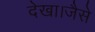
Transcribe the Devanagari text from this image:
देखा।जैसे